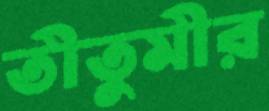
তীতুমীর